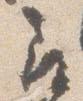
尋